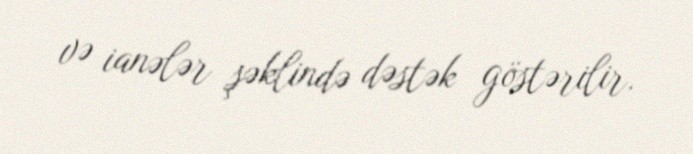
və ianələr şəklində dəstək göstərilir.